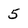
Character: 5